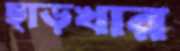
ছাড়খার